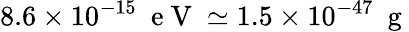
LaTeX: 8.6\times 10^{-15}\ \mathrm{~e~V~}\simeq 1.5\times 10^{-47}\ \mathrm{~g~}